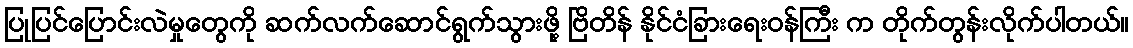
ပြုပြင်ပြောင်းလဲမှုတွေကို ဆက်လက်ဆောင်ရွက်သွားဖို့ ဗြိတိန် နိုင်ငံခြားရေးဝန်ကြီး က တိုက်တွန်းလိုက်ပါတယ်။